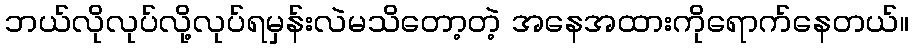
ဘယ်လိုလုပ်လို့လုပ်ရမှန်းလဲမသိတော့တဲ့ အနေအထားကိုရောက်နေတယ်။